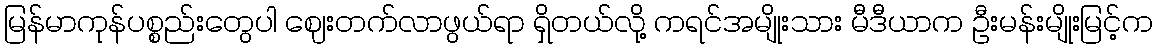
မြန်မာကုန်ပစ္စည်းတွေပါ ဈေးတက်လာဖွယ်ရာ ရှိတယ်လို့ ကရင်အမျိုးသား မီဒီယာက ဦးမန်းမျိုးမြင့်က